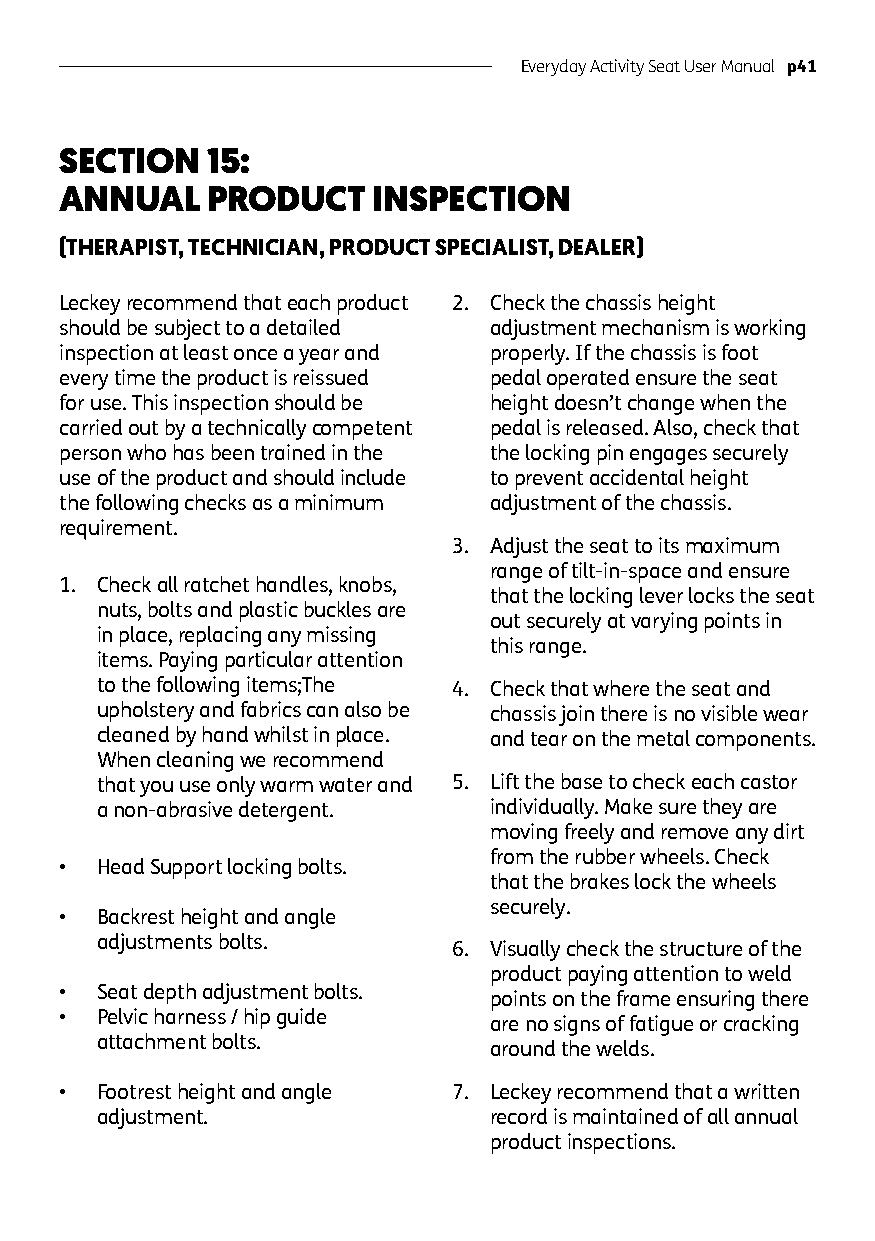
Everyday Activity Seat User Manual p41
 SECTION   15:
 ANNUAL    PRODUCT    INSPECTION
 (THERAPIST, TECHNICIAN, PRODUCT SPECIALIST, DEALER)
 Leckey recommend that each product 2. Check the chassis height
 should be subject to a detailed adjustment mechanism is working
 inspection at least once a year and properly. If the chassis is foot
 every time the product is reissued pedal operated ensure the seat
 for use. This inspection should be height doesn’t change when the
 carried out by a technically competent pedal is released. Also, check that
 person who has been trained in the the locking pin engages securely
 use of the product and should include to prevent accidental height
 the following checks as a minimum adjustment of the chassis.
 requirement.
 3. Adjust the seat to its maximum
 range of tilt-in-space and ensure
 1. Check all ratchet handles, knobs,
 that the locking lever locks the seat
 nuts, bolts and plastic buckles are
 out securely at varying points in
 in place, replacing any missing
 this range.
 items. Paying particular attention
 to the following items;The 4. Check that where the seat and
 upholstery and fabrics can also be chassis join there is no visible wear
 cleaned by hand whilst in place. and tear on the metal components.
 When cleaning we recommend
 that you use only warm water and 5. Lift the base to check each castor
 a non-abrasive detergent. individually. Make sure they are
 moving freely and remove any dirt
 from the rubber wheels. Check
 • Head Support locking bolts.
 that the brakes lock the wheels
 securely.
 • Backrest height and angle
 adjustments bolts.
 6. Visually check the structure of the
 product paying attention to weld
 • Seat depth adjustment bolts.
 points on the frame ensuring there
 • Pelvic harness / hip guide
 are no signs of fatigue or cracking
 attachment bolts.
 around the welds.
 • Footrest height and angle 7. Leckey recommend that a written
 adjustment.               record is maintained of all annual
 product inspections.